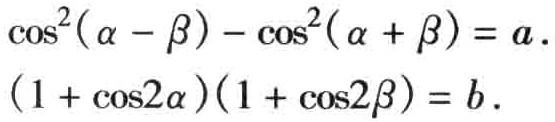
\(\cos^{2}(\alpha - \beta ) - \cos^{2}(\alpha + \beta ) = a\).
\((1 + \cos2\alpha)(1 + \cos2\beta ) = b\).